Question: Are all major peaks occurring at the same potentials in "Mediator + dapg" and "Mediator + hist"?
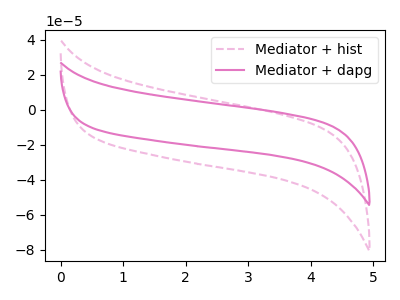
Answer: <think>The pink dashed curve "Mediator + hist" has no peaks. The pink curve "Mediator + dapg" has no peaks.</think>
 <answer>Niether CV has any peaks.</answer>
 <eval>blanks</eval>